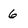
Character: 6